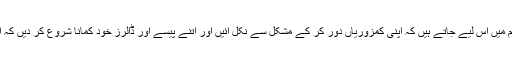
ویسے تو ہم آئی ایم ایف پروگرام میں اس لیے جاتے ہیں کہ اپنی کمزوریاں دور کر کے مشکل سے نکل آئیں اور اتنے پیسے اور ڈالرز خود کمانا شروع کر دیں کہ آئندہ کسی سے قرض نہ مانگیں۔